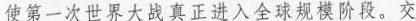
使第一次世界大战真正进入全球规模阶段。交